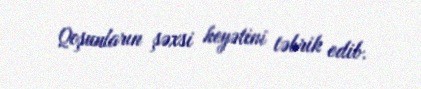
Qoşunların şəxsi heyətini təbrik edib.